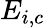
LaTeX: E_{i,c}